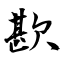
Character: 歁